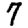
Digit: 7